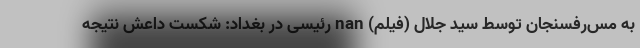
به مس‌رفسنجان توسط سید جلال (فیلم) nan رئیسی در بغداد: شکست داعش نتیجه